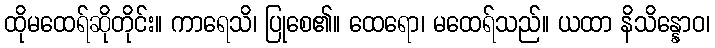
ထိုမထေရ်ဆိုတိုင်း။ ကာရေသိ၊ ပြုစေ၏။ ထေရော၊ မထေရ်သည်။ ယထာ နိသိန္နောဝ၊